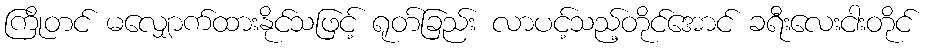
ကြိုတင် မလျှောက်ထားနိုင်သဖြင့် ရုတ်ခြည်း လာပင့်သည့်တိုင်အောင် ခရီးလေးငါးတိုင်